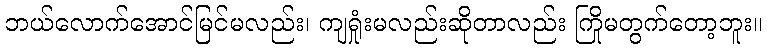
ဘယ်လောက်အောင်မြင်မလည်း၊ ကျရှုံးမလည်းဆိုတာလည်း ကြိုမတွက်တော့ဘူး။